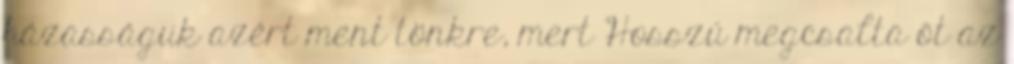
házasságuk azért ment tönkre, mert Hosszú megcsalta őt az